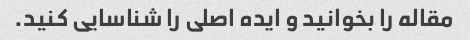
مقاله را بخوانید و ایده اصلی را شناسایی کنید.